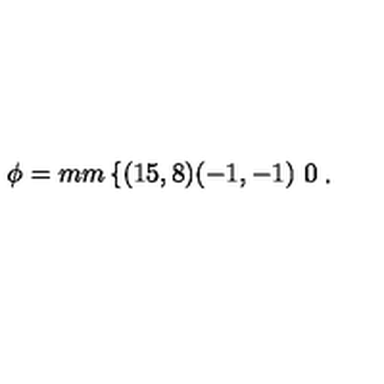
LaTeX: \phi = \setlength { \unitlength } { 1 m m } \left\{ \begin{picture} { ( 1 5 , 8 ) ( - 1 , - 1 ) \thicklines \put ( 0 , 0 ) { \line ( 1 , 0 ) { 1 0 } } } \\ \end{picture} \right. .